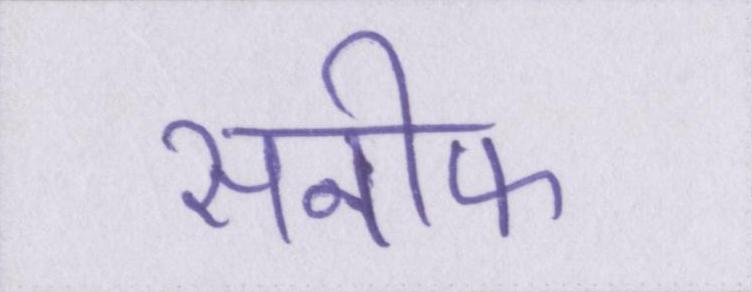
सनीफ